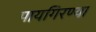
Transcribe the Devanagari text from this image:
पायगिरण्या